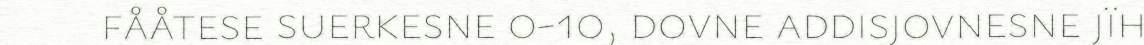
fååtese suerkesne 0-10, dovne addisjovnesne jïh